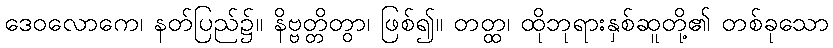
ဒေဝလောကေ၊ နတ်ပြည်၌။ နိဗ္ဗတ္တိတွာ၊ ဖြစ်၍။ တတ္ထ၊ ထိုဘုရားနှစ်ဆူတို့၏ တစ်ခုသော